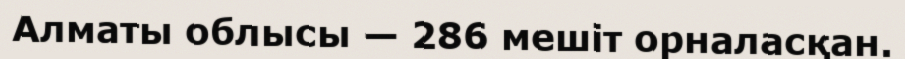
Алматы облысы — 286 мешіт орналасқан.